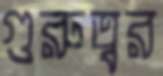
গুরুত্বর